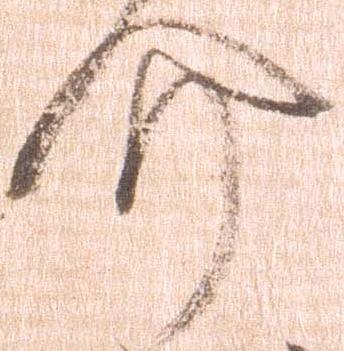
介